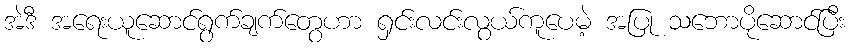
အဲဒီ အရေးယူဆောင်ရွက်ချက်တွေဟာ ရှင်းလင်းလွယ်ကူပေမဲ့ အပြု သဘောပိုဆောင်ပြီး